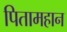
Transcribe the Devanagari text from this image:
पितामहान